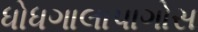
ધોધગાલાપાગોસ